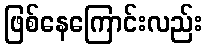
ဖြစ်နေကြောင်းလည်း